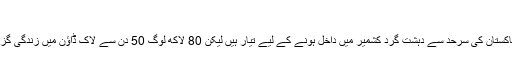
’
انھوں نے کہا کہ ‘انڈیا پاکستان پر الزام عائد کرتا ہے پاکستان کی سرحد سے دہشت گرد کشمیر میں داخل ہونے کے لیے تیار ہیں لیکن 80 لاکھ لوگ 50 دن سے لاک ڈاؤن میں زندگی گزار رہے ہیں، کیا اس سے بڑی کوئی دہشت گردی ہے؟